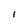
Character: I